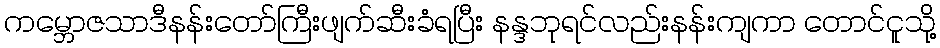
ကမ္ဘောဇသာဒီနန်းတော်ကြီးဖျက်ဆီးခံရပြီး နန္ဒဘုရင်လည်းနန်းကျကာ တောင်ငူသို့